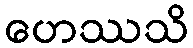
ဟေဿသိ